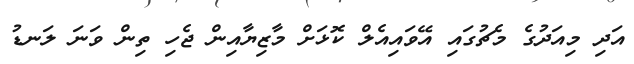
އަދި މިއަދުގެ މެޗުގައި އޭވައިއެލް ކޮޅަށް މާޒިޔާއިން ޖެހި ތިން ވަނަ ލަނޑު